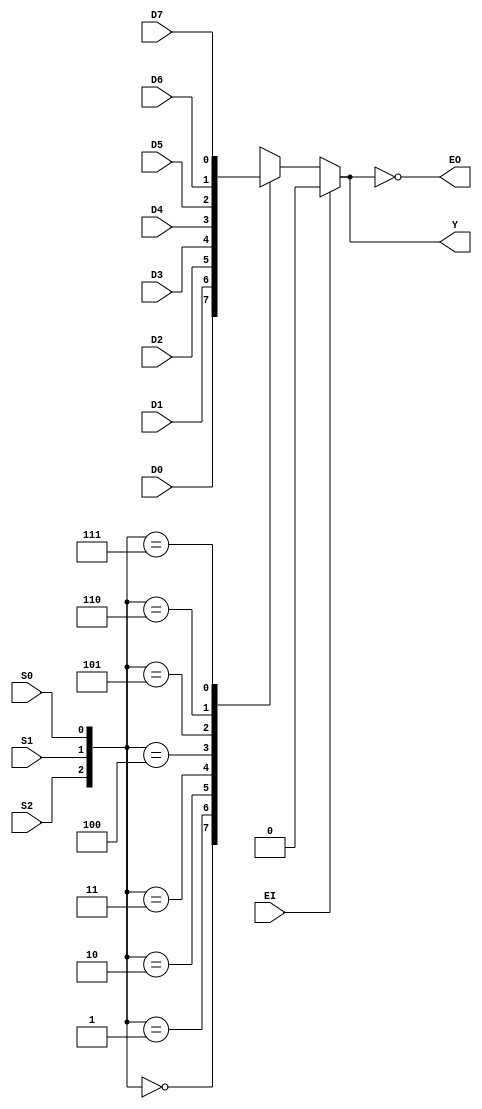
`timescale 1ns / 1ps
module Mux_74151(
    input EI,S2,S1,S0,D0,D1,D2,D3,
    D4,D5,D6,D7,
    output reg Y,
    output EO
    );
    always @*
    if (~EI)
        case({S2,S1,S0}) 
            3'b000: Y = D0;
            3'b001: Y = D1;
            3'b010: Y = D2;
            3'b011: Y = D3;
            3'b100: Y = D4;
            3'b101: Y = D5;
            3'b110: Y = D6;
            3'b111: Y = D7;
        endcase
     else 
     Y = 1'b0;
     assign EO = ~Y;
endmodule
//////////////////////////////////////////////////////////////////////////////////
// Company: 
// Engineer: 
// 
// Design Name: 
// Module Name: Mux_74151
// Project Name: 
// Target Devices: 
// Tool Versions: 
// Description: 
// 
// Dependencies: 
// 
// Revision:
// Revision 0.01 - File Created
// Additional Comments:
// 
//////////////////////////////////////////////////////////////////////////////////